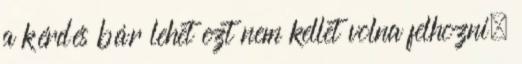
a kérdés bár lehet ezt nem kellet volna felhozni.